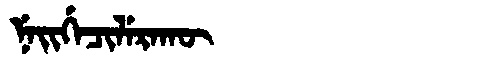
Manchu: ᠨᡝᡳᡤᡝᠴᡳᠯᡝᡵᠠᡴᡡ
Romanization: NEIGECILERAKŪ